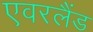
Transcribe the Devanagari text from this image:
एवरलैंड